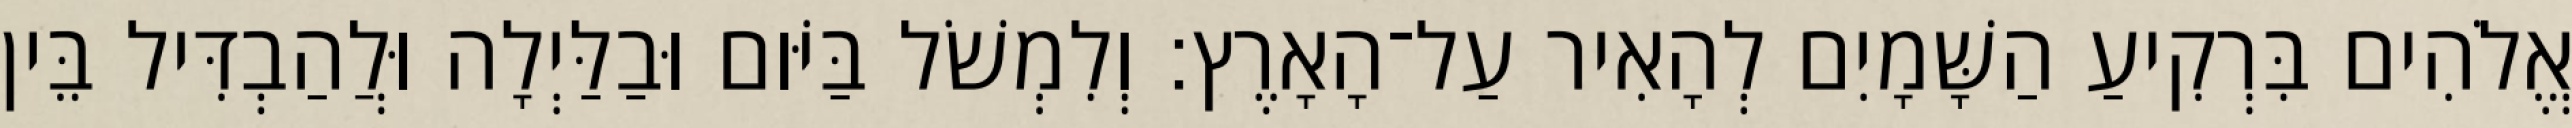
אֱלֹהִים בִּרְקִיעַ הַשָּׁמָיִם לְהָאִיר עַל־הָאָרֶץ׃ וְלִמְשֹׁל בַּיֹּום וּבַלַּיְלָה וּלֲהַבְדִּיל בֵּין